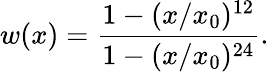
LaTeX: w(x)=\frac{1-(x/x_{0})^{12}}{1-(x/x_{0})^{24}}.